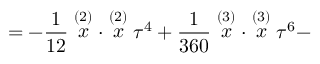
= - \frac 1 { 1 2 } \stackrel { ( 2 ) } { x } \cdot \stackrel { ( 2 ) } { x } \tau ^ { 4 } + \frac 1 { 3 6 0 } \stackrel { ( 3 ) } { x } \cdot \stackrel { ( 3 ) } { x } \tau ^ { 6 } -